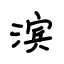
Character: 滨